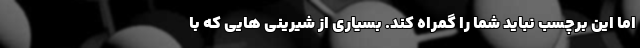
اما این برچسب نباید شما را گمراه کند. بسیاری از شیرینی هایی که با